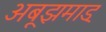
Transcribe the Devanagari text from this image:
अबूझमाड्